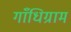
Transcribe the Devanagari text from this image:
गाँधिग्राम